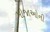
મોજાઓની